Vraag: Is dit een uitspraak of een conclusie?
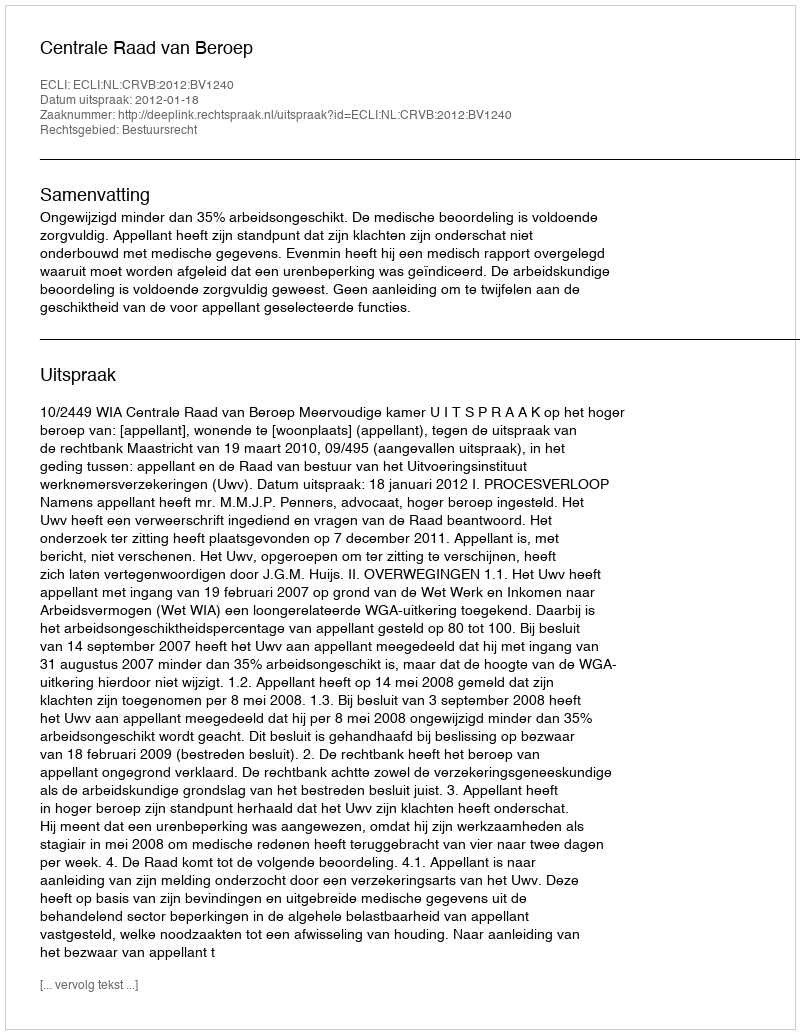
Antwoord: Uitspraak